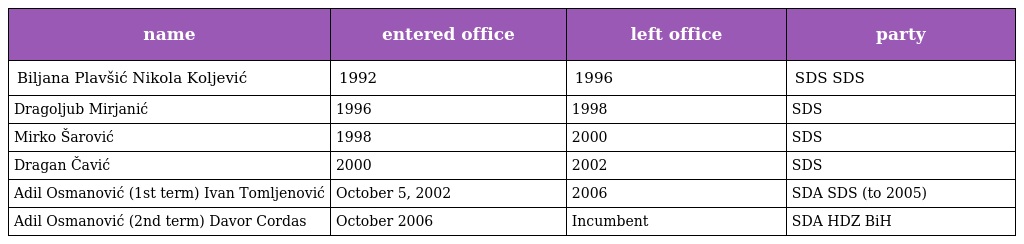
| name | entered office | left office | party |
 | --- | --- | --- | --- |
 | Biljana Plavšić Nikola Koljević | 1992 | 1996 | SDS SDS |
 | Dragoljub Mirjanić | 1996 | 1998 | SDS |
 | Mirko Šarović | 1998 | 2000 | SDS |
 | Dragan Čavić | 2000 | 2002 | SDS |
 | Adil Osmanović (1st term) Ivan Tomljenović | October 5, 2002 | 2006 | SDA SDS (to 2005) |
 | Adil Osmanović (2nd term) Davor Cordas | October 2006 | Incumbent | SDA HDZ BiH |